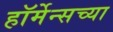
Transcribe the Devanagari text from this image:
हॉर्मेन्सच्या